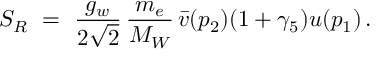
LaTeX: S _ { R } \ = \ \frac { g _ { w } } { 2 \sqrt { 2 } } \, \frac { m _ { e } } { M _ { W } } \, \bar { v } ( p _ { 2 } ) ( 1 + \gamma _ { 5 } ) u ( p _ { 1 } ) \, .